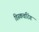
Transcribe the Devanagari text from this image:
डिस्कवरिंग